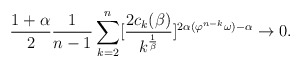
\begin{align*}\frac{1+ \alpha }{2} \frac{1}{n-1} \sum_{k=2}^n [\frac{2c_k(\beta)}{k^{\frac{1}{\beta}}}]^{2\alpha(\varphi^{n-k}\omega) - \alpha} \rightarrow 0.\end{align*}